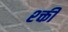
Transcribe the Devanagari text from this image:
श्क्ती